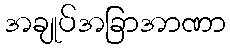
အချုပ်အခြာအာဏာ